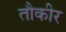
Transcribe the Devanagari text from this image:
तौकीर